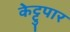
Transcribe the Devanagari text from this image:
केट्टुपार